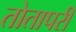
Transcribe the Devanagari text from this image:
तोतापरी